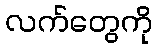
လက်တွေကို